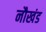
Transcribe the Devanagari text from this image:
नौखंड